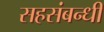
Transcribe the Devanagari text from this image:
सहसंबन्धी